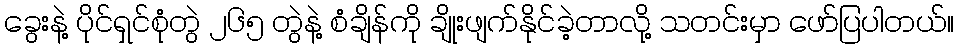
ခွေးနဲ့ ပိုင်ရှင်စုံတွဲ ၂၆၅ တွဲနဲ့ စံချိန်ကို ချိုးဖျက်နိုင်ခဲ့တာလို့ သတင်းမှာ ဖော်ပြပါတယ်။